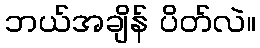
ဘယ်အချိန် ပိတ်လဲ။